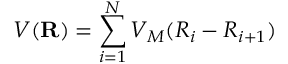
V ( \mathbf { R } ) = \sum _ { i = 1 } ^ { N } V _ { M } ( R _ { i } - R _ { i + 1 } )